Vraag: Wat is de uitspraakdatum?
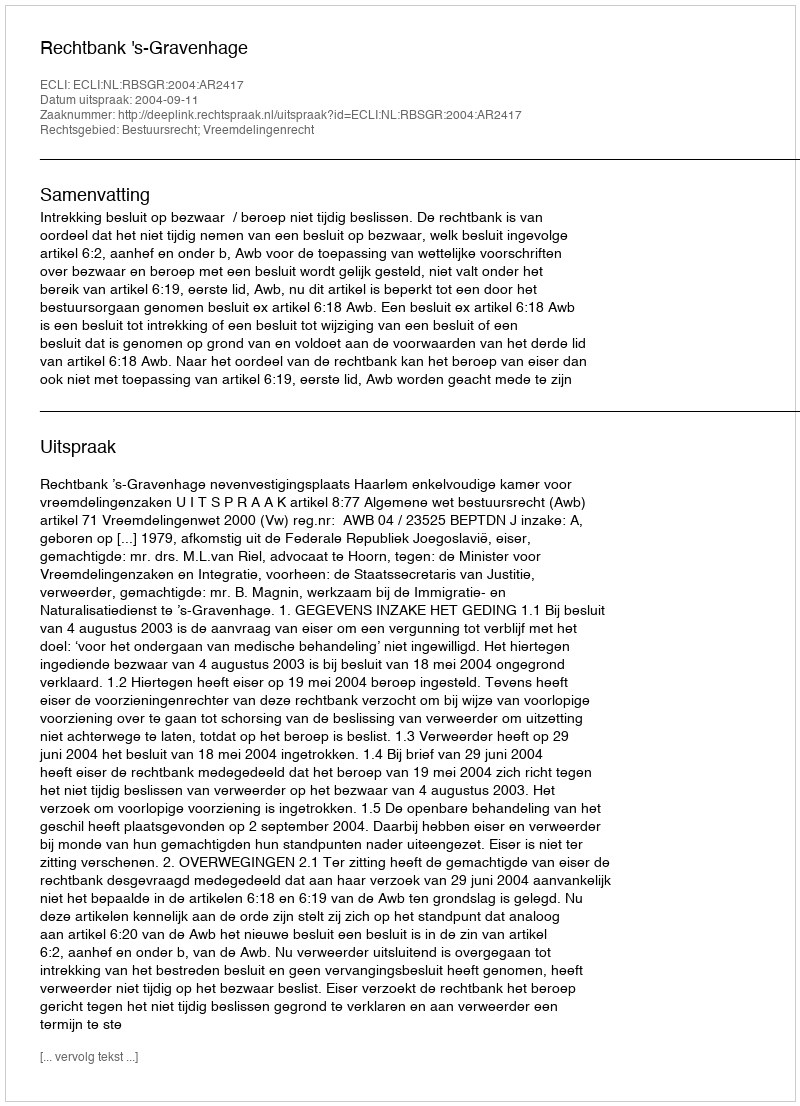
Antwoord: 2004-09-11